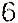
6